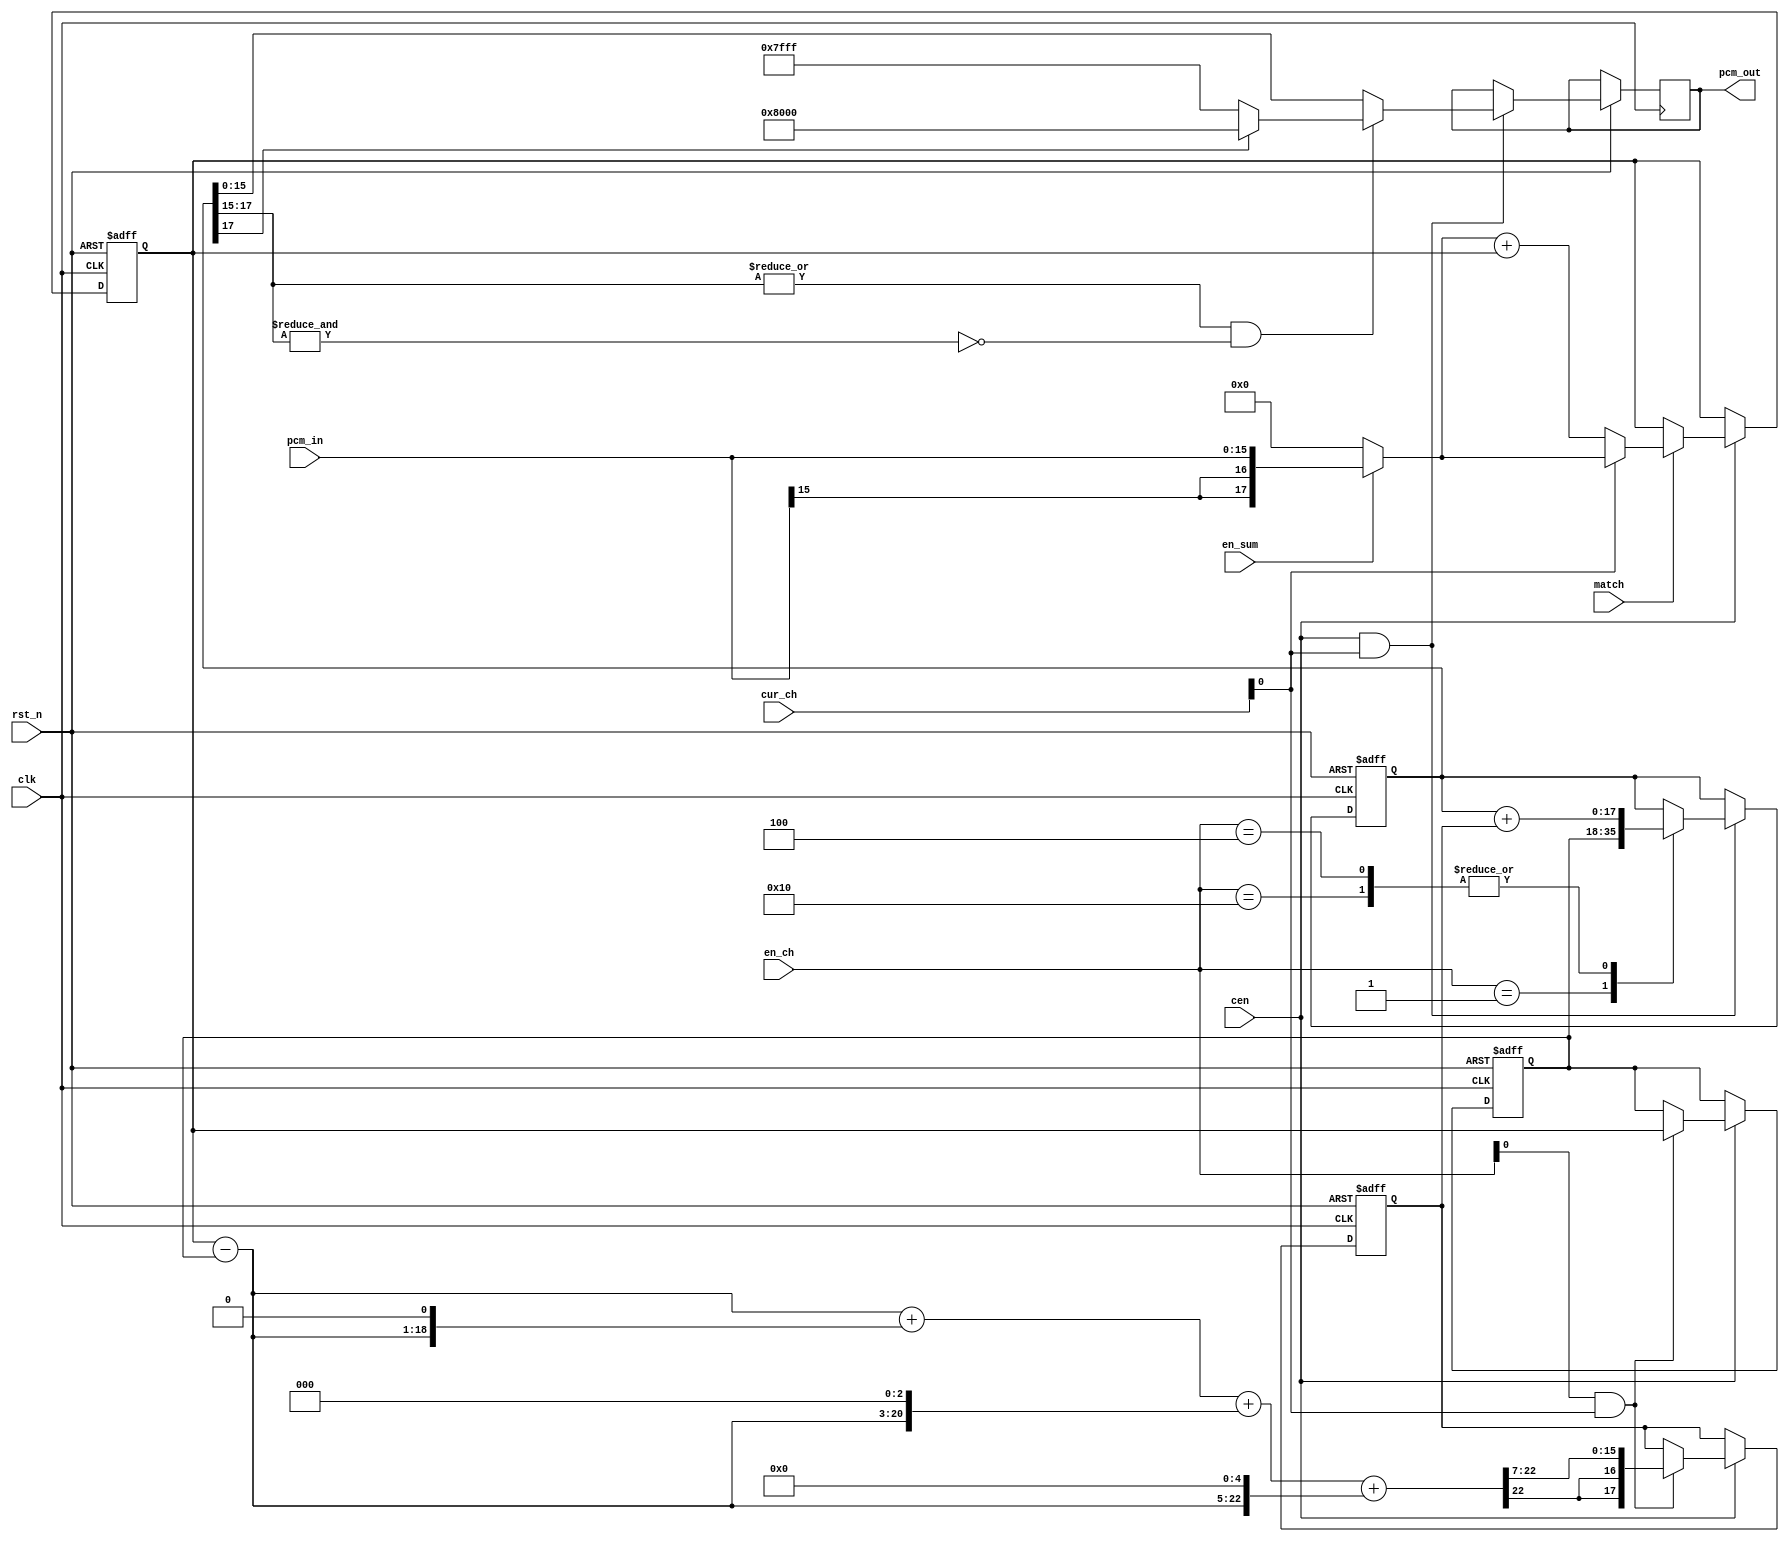
module jt10_adpcm_acc(
    input           rst_n,
    input           clk,        
    input           cen,        
    input   [5:0]   cur_ch,
    input   [5:0]   en_ch,
    input           match,
    input           en_sum,
    input  signed [15:0] pcm_in,    
    output reg signed [15:0] pcm_out    
);
wire signed [17:0] pcm_in_long = en_sum ? { {2{pcm_in[15]}}, pcm_in } : 18'd0;
reg  signed [17:0] acc, last, pcm_full;
reg  signed [17:0] step;
reg signed [17:0] diff;
reg signed [22:0] diff_ext, step_full; 
always @(*) begin
    diff = acc-last;
    diff_ext = { {5{diff[17]}}, diff };
    step_full = diff_ext        
        + ( diff_ext << 1 )     
        + ( diff_ext << 3 )     
        + ( diff_ext << 5 );    
end
wire adv = en_ch[0] & cur_ch[0];
always @(posedge clk or negedge rst_n)
    if( !rst_n ) begin
        step <= 'd0;
        acc  <= 18'd0;
        last <= 18'd0;
    end else if(cen) begin
        if( match )
            acc <= cur_ch[0] ? pcm_in_long : ( pcm_in_long + acc );
        if( adv ) begin
            step <= { {2{step_full[22]}}, step_full[22:7] }; 
            last <= acc;
        end
    end
wire overflow = |pcm_full[17:15] & ~&pcm_full[17:15];
always @(posedge clk or negedge rst_n)
    if( !rst_n ) begin
        pcm_full <= 18'd0;
    end else if(cen && cur_ch[0]) begin
        case( en_ch )
            6'b000_001: pcm_full <= last;
            6'b000_100,
            6'b010_000: pcm_full <= pcm_full + step;
            default:;
        endcase
        if( overflow )
            pcm_out <= pcm_full[17] ? 16'h8000 : 16'h7fff; 
        else
            pcm_out <= pcm_full[15:0];
    end
endmodule